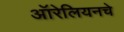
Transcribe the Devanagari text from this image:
ऑरेलियनचे